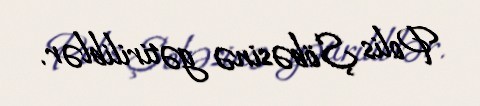
Polis Şöbəsinə gətiriliblər.